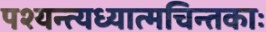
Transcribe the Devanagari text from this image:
पश्यन्त्यध्यात्मचिन्तकाः